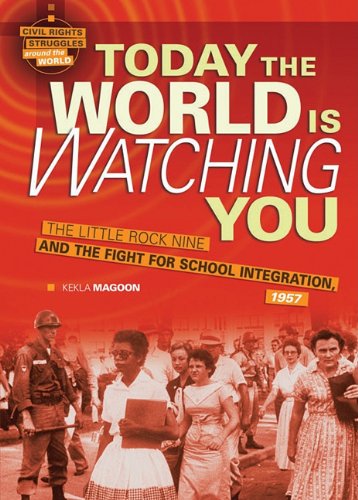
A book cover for Today the World Is Watching You: The Little Rock Nine and the Fight for School Integration, 1957 (Civil Rights Struggles Around the World); Kekla Magoon; Teen & Young Adult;